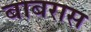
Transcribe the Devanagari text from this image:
बाबरास